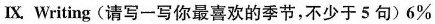
Ⅸ Writing(请写一写你最喜欢的季节，不少于5句)6%